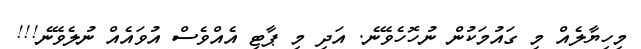
މިހިޔާލެއް މި ގައުމަކުން ނުހޮހެވޭނެ. އަދި މި ޕާޓި އެއްވެސް އުވައެއް ނުލެވޭނެ!!!